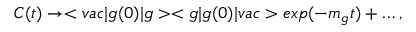
C ( t ) \rightarrow < v a c | g ( 0 ) | g > < g | g ( 0 ) | v a c > e x p ( - m _ { g } t ) + \ldots ,